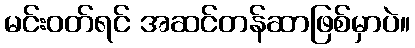
မင်းဝတ်ရင် အဆင်တန်ဆာဖြစ်မှာပဲ။